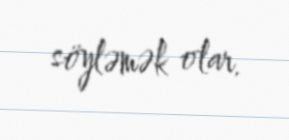
söyləmək olar.